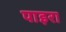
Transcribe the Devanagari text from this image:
पाइरा